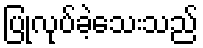
ပြုလုပ်ခဲ့သေးသည်